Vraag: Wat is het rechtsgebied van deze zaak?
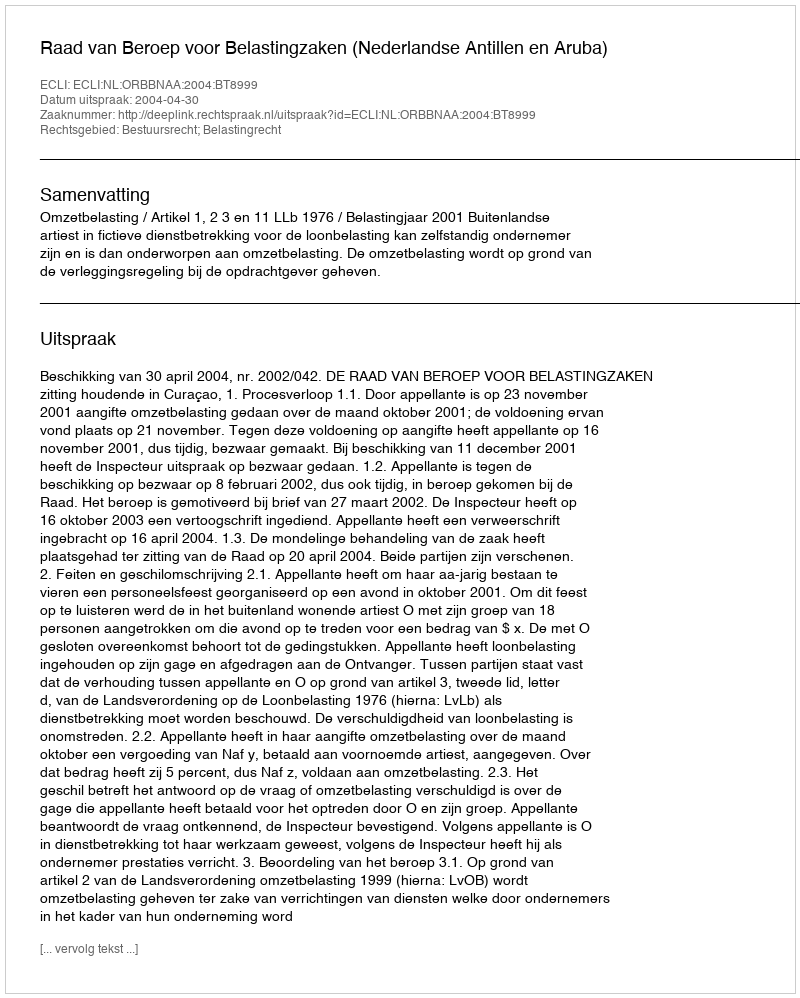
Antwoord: Bestuursrecht; Belastingrecht